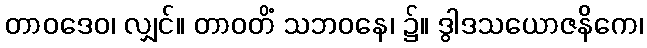
တာဝဒေဝ၊ လျှင်။ တာဝတိံ သဘဝနေ၊ ၌။ ဒွါဒသယောဇနိကေ၊